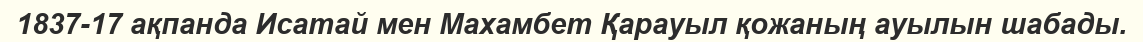
1837-17 ақпанда Исатай мен Махамбет Қарауыл қожаның ауылын шабады.